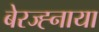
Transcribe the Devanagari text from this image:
बेरज्ह्नाया